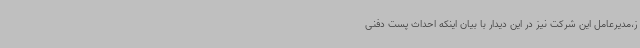
ز،مدیرعامل این شرکت نیز در این دیدار با بیان اینکه احداث پست دفنی